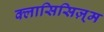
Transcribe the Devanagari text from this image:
क्लासिसिज़्म